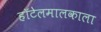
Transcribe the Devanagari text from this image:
हॉटेलमालकाला